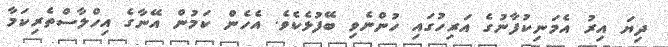
ދިޔަ އިރު އެމަނިކުފާނުގެ އަރިހުގައި ހުންނެވި ބޭފުޅެކެވެ. އެހެން ކަމުން އޭނާގެ އިހްލާސްތެރިކަމާ